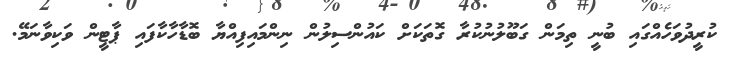
ކުރީދުވަހެއްގައި ބުނީ ތިމަން ގަބޫލުނުކުރާ ގޮތަކަށް ކައުންސިލުން ނިންމައިފިއްޔާ ބޮޑާހާކާފައި ޕާޓީން ވަކިވާނަމޭ.